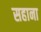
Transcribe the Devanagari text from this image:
सहाना